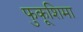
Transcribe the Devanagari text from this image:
फुकूशिमा